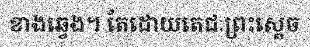
ខាងឆ្វេង។ តែដោយតេជៈព្រះស្តេច